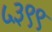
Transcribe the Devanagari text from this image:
५३९९